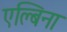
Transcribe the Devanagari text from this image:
एल्बिना